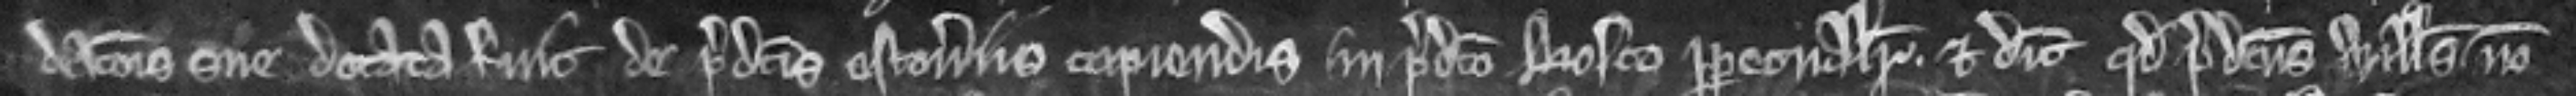
dacionis sue dotata fuit de predictis estoveriis capiendis in predicto bosco perpetualiter. Et dicit quod predictus Willelmus non